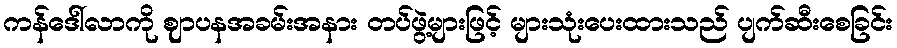
ကန်ဒေါ်လာကို ဈာပနအခမ်းအနား တပ်ဖွဲ့များဖြင့် များသုံးပေးထားသည် ပျက်ဆီးစေခြင်း